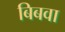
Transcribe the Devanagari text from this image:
बिबवा